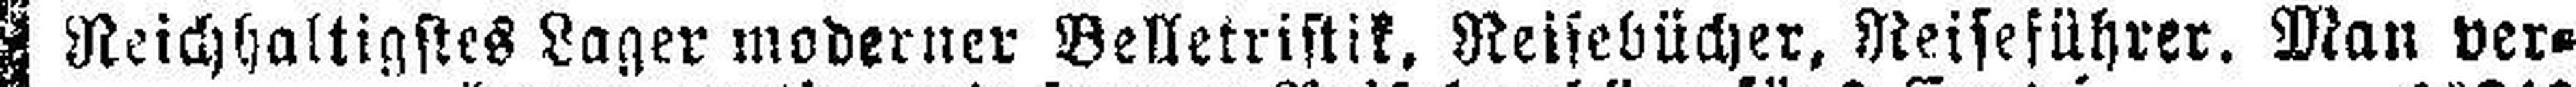
Reichhaltigstes Lager moderner Belletristik. Reisebücher. Reiseführer. Man ver¬